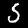
Digit: 5